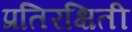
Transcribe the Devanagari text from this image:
प्रतिरक्षिती